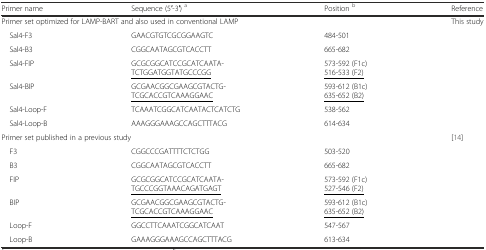
<table><thead><tr><td><b>Primer name</b></td><td><b>Sequence (5′-3′) <sup>a</sup></b></td><td><b>Position <sup>b</sup></b></td><td><b>Reference</b></td></tr></thead><tbody><tr><td colspan="3">Primer set optimized for LAMP-BART and also used in conventional LAMP</td><td>This study</td></tr><tr><td> Sal4-F3</td><td>GAACGTGTCGCGGAAGTC</td><td>484-501</td><td rowspan="6"></td></tr><tr><td> Sal4-B3</td><td>CGGCAATAGCGTCACCTT</td><td>665-682</td></tr><tr><td> Sal4-FIP</td><td>GCGCGGCATCCGCATCAATA-<underline>TCTGGATGGTATGCCCGG</underline></td><td>573-592 (F1c)<underline>516-533 (F2)</underline></td></tr><tr><td> Sal4-BIP</td><td>GCGAACGGCGAAGCGTACTG-<underline>TCGCACCGTCAAAGGAAC</underline></td><td>593-612 (B1c)<underline>635-652 (B2)</underline></td></tr><tr><td> Sal4-Loop-F</td><td>TCAAATCGGCATCAATACTCATCTG</td><td>538-562</td></tr><tr><td> Sal4-Loop-B</td><td>AAAGGGAAAGCCAGCTTTACG</td><td>614-634</td></tr><tr><td colspan="3">Primer set published in a previous study</td><td>[14]</td></tr><tr><td> F3</td><td>CGGCCCGATTTTCTCTGG</td><td>503-520</td><td></td></tr><tr><td> B3</td><td>CGGCAATAGCGTCACCTT</td><td>665-682</td><td></td></tr><tr><td> FIP</td><td>GCGCGGCATCCGCATCAATA-<underline>TGCCCGGTAAACAGATGAGT</underline></td><td>573-592 (F1c)<underline>527-546 (F2)</underline></td><td></td></tr><tr><td> BIP</td><td>GCGAACGGCGAAGCGTACTG-<underline>TCGCACCGTCAAAGGAAC</underline></td><td>593-612 (B1c)<underline>635-652 (B2)</underline></td><td></td></tr><tr><td> Loop-F</td><td>GGCCTTCAAATCGGCATCAAT</td><td>547-567</td><td></td></tr><tr><td> Loop-B</td><td>GAAAGGGAAAGCCAGCTTTACG</td><td>613-634</td><td></td></tr></tbody></table>